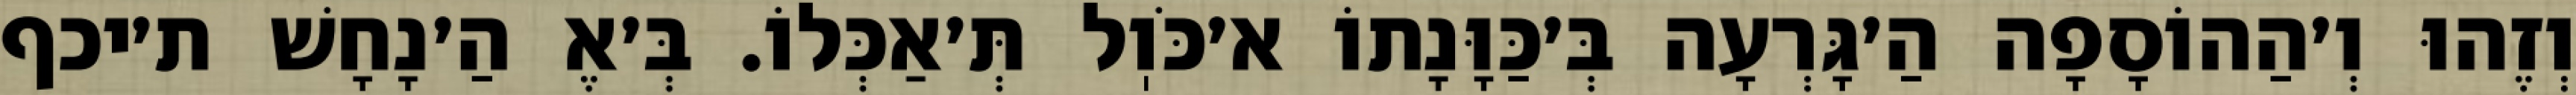
וְזֶהוּ וְ׳הַהוֹסָפָה הַ׳גָּרְעָה בְּ׳כַּוָּנָתוֹ א׳כֹּוֽל תְּ׳אַכְּלוֹ. בְּ׳אֶ הַ׳נָחָשׁ ת׳יכף